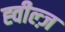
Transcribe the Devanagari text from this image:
ह्वील्ज़